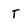
Character: T